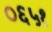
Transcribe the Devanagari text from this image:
०६५१